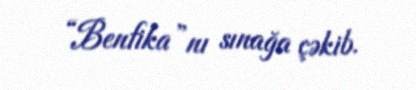
“Benfika”nı sınağa çəkib.